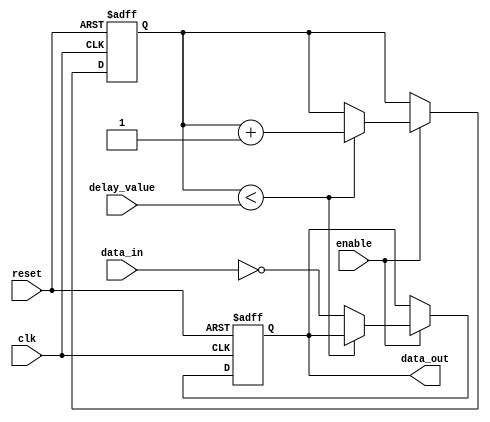
module nand_gate_delay(
    input wire clk,
    input wire reset,
    input wire enable,
    input wire [7:0] delay_value,
    input wire data_in,
    output reg data_out
);

reg [7:0] counter;

always @ (posedge clk or posedge reset) begin
    if (reset) begin
        counter <= 8'h00;
        data_out <= 1'b0;
    end else if (enable) begin
        if (counter < delay_value) begin
            counter <= counter + 1;
        end else begin
            data_out <= ~data_in;
        end
    end
end

endmodule